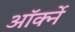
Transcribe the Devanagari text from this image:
ऑर्क्ने